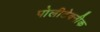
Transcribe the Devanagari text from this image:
पोलीटेक्नीक